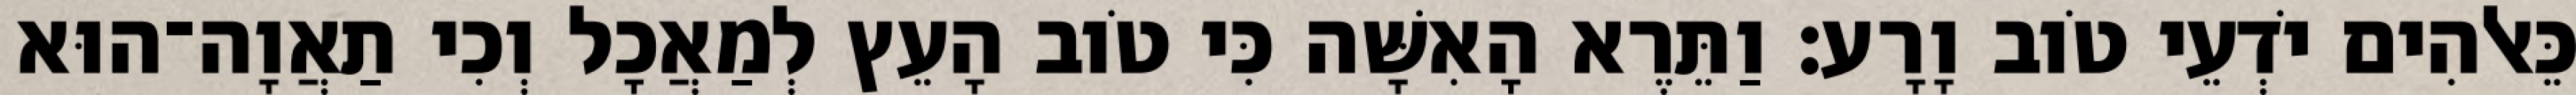
כֵּאלֹהִים יֹדְעֵי טֹוב וָרָע׃ וַתֵּרֶא הָאִשָּׁה כִּי טֹוב הָעֵץ לְמַאֲכָל וְכִי תַאֲוָה־הוּא